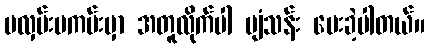
မလှမ်းမကမ်းမှာ အတူလိုက်ပါ ပျံသန်း ပေးခဲ့ပါတယ်။